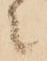
々